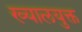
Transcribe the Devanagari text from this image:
ख्यालयुक्त